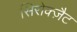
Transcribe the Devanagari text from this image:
सिरोक्ज़ैट